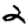
Digit: 2